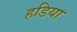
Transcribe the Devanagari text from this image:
हडिया